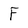
Character: F